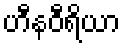
ဟီနဝီရိယာ